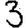
Digit: 3